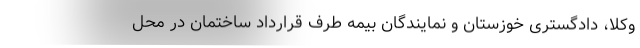
وکلا، دادگستری خوزستان و نمایندگان بیمه طرف قرارداد ساختمان در محل